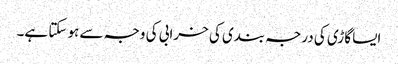
ایسا گاڑی کی درجہ بندی کی خرابی کی وجہ سے ہو سکتا ہے۔